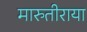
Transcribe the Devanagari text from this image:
मारुतीराया